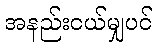
အနည်းငယ်မျှပင်